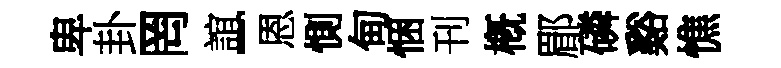
卑卦罔誼-恩惻甸悃刊槪郿磷谿憔